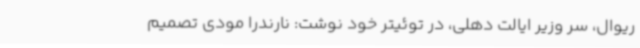
ریوال، سر وزیر ایالت دهلی، در توئیتر خود نوشت: نارندرا مودی تصمیم